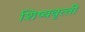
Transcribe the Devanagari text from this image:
शिष्‍यवृत्‍ती